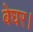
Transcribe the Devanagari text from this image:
बेघर।